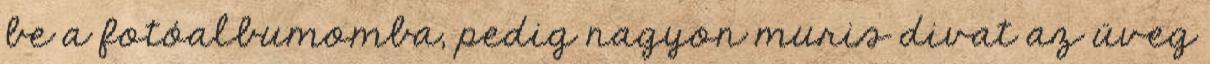
be a fotóalbumomba, pedig nagyon muris divat az üveg